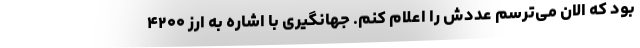
بود که الان می‌ترسم عددش را اعلام کنم. جهانگیری با اشاره به ارز ۴۲۰۰